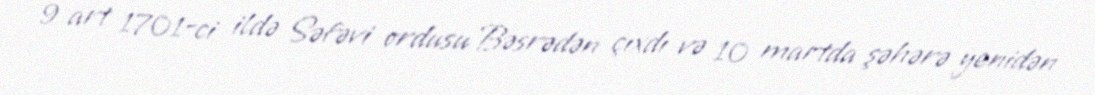
9 art 1701-ci ildə Səfəvi ordusu Bəsrədən çıxdı və 10 martda şəhərə yenidən